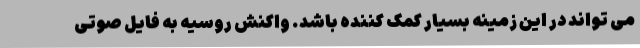
می تواند در این زمینه بسیار کمک کننده باشد. واکنش روسیه به فایل صوتی